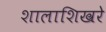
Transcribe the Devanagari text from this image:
शालाशिखरे